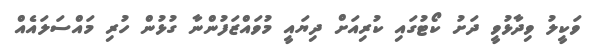
ވަކީލު ވިދާޅުވީ ދަށު ކޯޓުގައި ކުރިއަށް ދިޔައީ މުވައްޒަފުންނާ ގުޅުން ހުރި މައްސަލައެއް